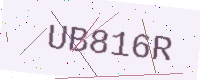
Text: UB816R